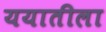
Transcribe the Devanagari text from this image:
ययातीला